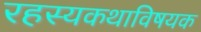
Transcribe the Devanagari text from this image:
रहस्यकथाविषयक